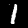
Digit: 1